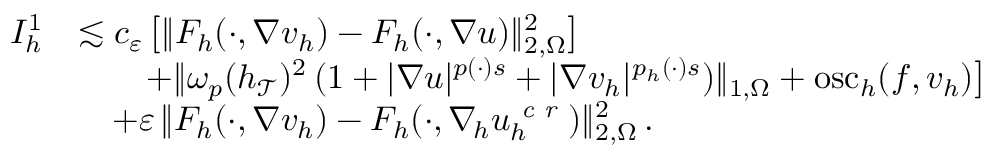
\begin{array} { r } { \begin{array} { r l } { I _ { h } ^ { 1 } } & { \lesssim c _ { \varepsilon } \, \big [ \| F _ { h } ( \cdot , \nabla v _ { h } ) - F _ { h } ( \cdot , \nabla u ) \| _ { 2 , \Omega } ^ { 2 } \big ] } \\ & { \quad \quad + \| \omega _ { p } ( h _ { \mathcal { T } } ) ^ { 2 } \, ( 1 + \vert \nabla u \vert ^ { p ( \cdot ) s } + \vert \nabla v _ { h } \vert ^ { p _ { h } ( \cdot ) s } ) \| _ { 1 , \Omega } + \mathrm { o s c } _ { h } ( f , v _ { h } ) \big ] } \\ & { \quad + \varepsilon \, \| F _ { h } ( \cdot , \nabla v _ { h } ) - F _ { h } ( \cdot , \nabla _ { \! h } u _ { h } ^ { \textit { c r } } ) \| _ { 2 , \Omega } ^ { 2 } \, . } \end{array} } \end{array}